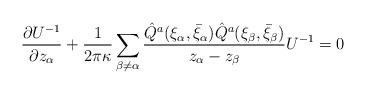
LaTeX: \begin{align*}\frac{\partial U^{-1}}{\partial z_\alpha}+\frac{1}{2\pi\kappa}\sum_{\beta\neq \alpha}\frac{\hat Q^a(\xi_\alpha,\bar\xi_\alpha)\hat Q^a(\xi_\beta,\bar\xi_\beta)}{z_\alpha-z_\beta}U^{-1}=0\end{align*}